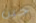
جين